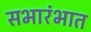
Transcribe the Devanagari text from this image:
सभारंभात